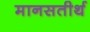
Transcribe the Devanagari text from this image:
मानसतीर्थ